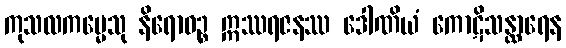
ကုသလကမ္မေသု နိရောဓဉ္စ ဣဿရဇနဿ ဒေါဏိယံ ကောဋိသန္ထာရေန